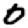
Digit: 0